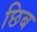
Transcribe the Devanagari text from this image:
छिब